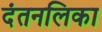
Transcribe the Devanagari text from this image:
दंतनलिका